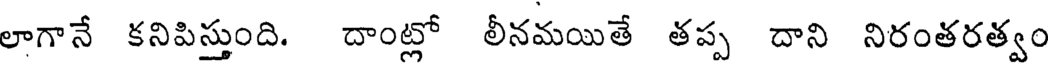
లాగానే కనిపిస్తుంది. దాంట్లో లీనమయితే తప్ప దాని నిరంతరత్వం